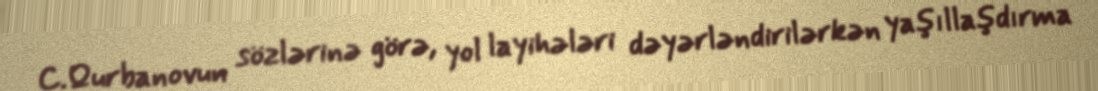
C.Qurbanovun sözlərinə görə, yol layihələri dəyərləndirilərkən yaşıllaşdırma